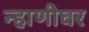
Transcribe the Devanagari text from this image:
न्हाणीघर